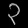
Digit: ၃